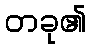
တခု၏